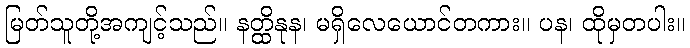
မြတ်သူတို့အကျင့်သည်။ နတ္ထိနုန၊ မရှိလေယောင်တကား။ ပန၊ ထိုမှတပါး။